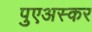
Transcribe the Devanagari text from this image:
पुएअस्कर